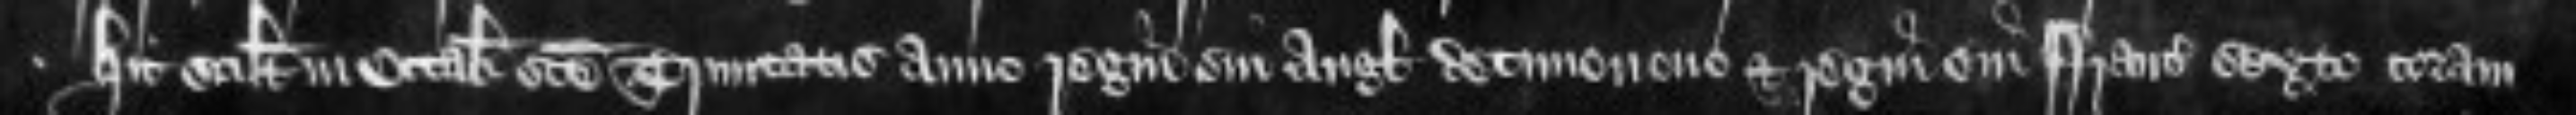
hic scilicet in Octabis sancte Trinitatis anno regni sui Anglie decimonono et regni sui Francie sexto coram